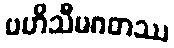
ဗဟိသီမဂတဿ